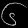
Digit: ၆